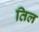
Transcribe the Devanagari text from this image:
तिल